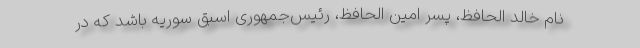
نام خالد الحافظ، پسر امین الحافظ، رئیس‌جمهوری اسبق سوریه باشد که در